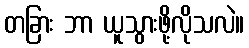
တခြား ဘာ ယူသွားဖို့လိုသလဲ။